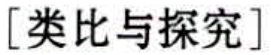
[类比与探究]